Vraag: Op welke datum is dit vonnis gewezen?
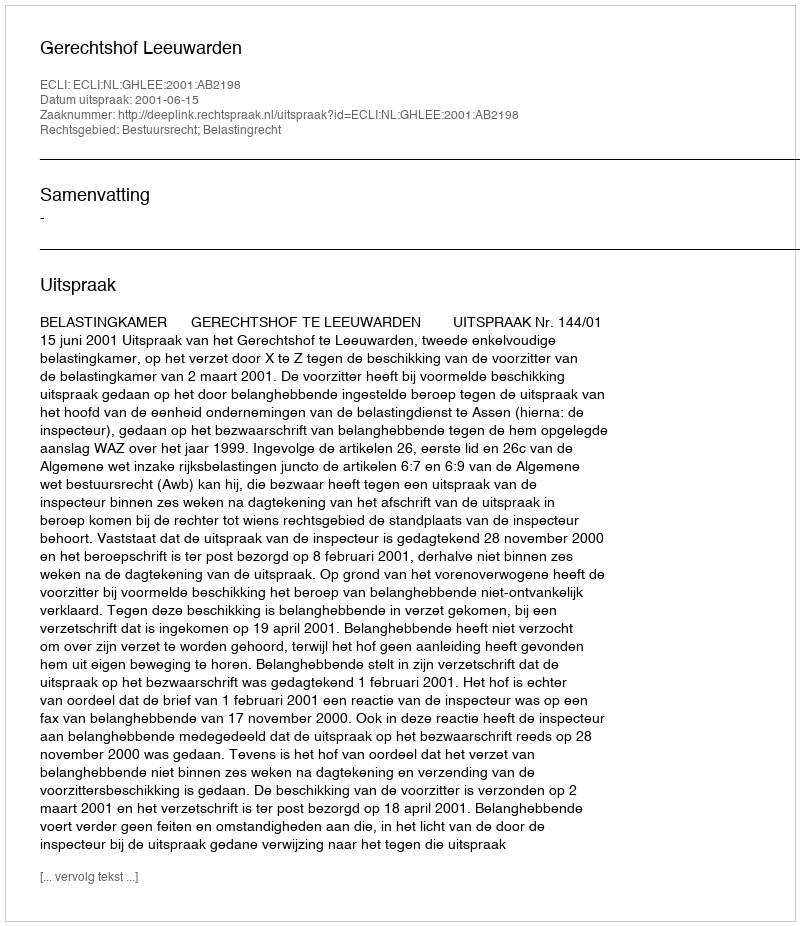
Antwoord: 2001-06-15